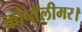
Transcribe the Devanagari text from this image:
कोपॉलीमर।